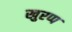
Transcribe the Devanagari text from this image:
खुरप्प